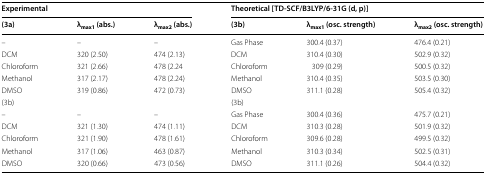
<table><thead><tr><td colspan="3"><b>Experimental</b></td><td colspan="3"><b>Theoretical [TD-SCF/B3LYP/6-31G (d, p)]</b></td></tr><tr><td><b>(3a)</b></td><td><b>λ<sub>max1</sub> (abs.)</b></td><td><b>λ<sub>max2</sub> (abs.)</b></td><td><b>(3b)</b></td><td><b>λ<sub>max1</sub> (osc. strength)</b></td><td><b>λ<sub>max2</sub> (osc. strength)</b></td></tr></thead><tbody><tr><td>–</td><td>–</td><td>–</td><td>Gas Phase</td><td>300.4 (0.37)</td><td>476.4 (0.21)</td></tr><tr><td>DCM</td><td>320 (2.50)</td><td>474 (2.13)</td><td>DCM</td><td>310.4 (0.30)</td><td>502.9 (0.32)</td></tr><tr><td>Chloroform</td><td>321 (2.66)</td><td>478 (2.24</td><td>Chloroform</td><td>309 (0.29)</td><td>500.5 (0.32)</td></tr><tr><td>Methanol</td><td>317 (2.17)</td><td>478 (2.24)</td><td>Methanol</td><td>310.4 (0.35)</td><td>503.5 (0.30)</td></tr><tr><td>DMSO</td><td>319 (0.86)</td><td>472 (0.73)</td><td>DMSO</td><td>311.1 (0.28)</td><td>505.4 (0.32)</td></tr><tr><td colspan="3">(3b)</td><td colspan="3">(3b)</td></tr><tr><td>–</td><td>–</td><td>–</td><td>Gas Phase</td><td>300.4 (0.36)</td><td>475.7 (0.21)</td></tr><tr><td>DCM</td><td>321 (1.30)</td><td>474 (1.11)</td><td>DCM</td><td>310.3 (0.28)</td><td>501.9 (0.32)</td></tr><tr><td>Chloroform</td><td>321 (1.90)</td><td>478 (1.61)</td><td>Chloroform</td><td>309.6 (0.28)</td><td>499.5 (0.32)</td></tr><tr><td>Methanol</td><td>317 (1.06)</td><td>463 (0.87)</td><td>Methanol</td><td>310.3 (0.34)</td><td>502.5 (0.31)</td></tr><tr><td>DMSO</td><td>320 (0.66)</td><td>473 (0.56)</td><td>DMSO</td><td>311.1 (0.26)</td><td>504.4 (0.32)</td></tr></tbody></table>